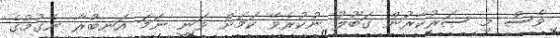
ވެސް މި ސަރުކާރުން ގަބޫލު ނުކުރެވޭ ކަމަށް ވަނީ ނަމަ އަނބުރާ ނެގުމުގެ